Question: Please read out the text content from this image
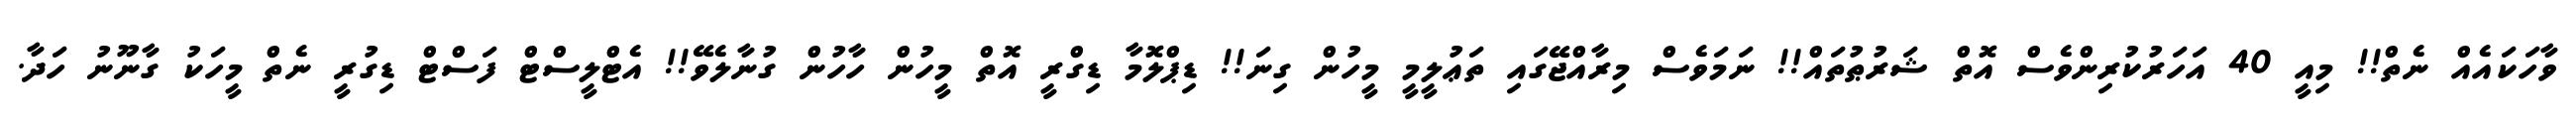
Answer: ވާހަކައެއް ނެތް!! މިއީ 40 އަހަރުކުރިންވެސް އޮތް ޝަރުޠުތައް!! ނަމަވެސް މިރާއްޖޭގައި ތަޢުލީމީ މީހުން ގިނަ!! ޑިޕްލޮމާ ޑިގްރީ އޮތް މީހުން ހާހުން ގުނާލެވޭ!! އެޓްލީސްޓް ފަސްޓް ޑިގުރީ ނެތް މީހަކު ގާނޫނު ހަދާ.